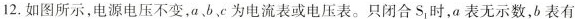
12.如图所示，电源电压不变，ab、c为电流表或电压表。只闭合S_{1}时，a表无示数，b表有